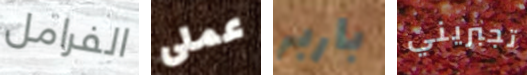
الفرامل عملى باربر تجبريني